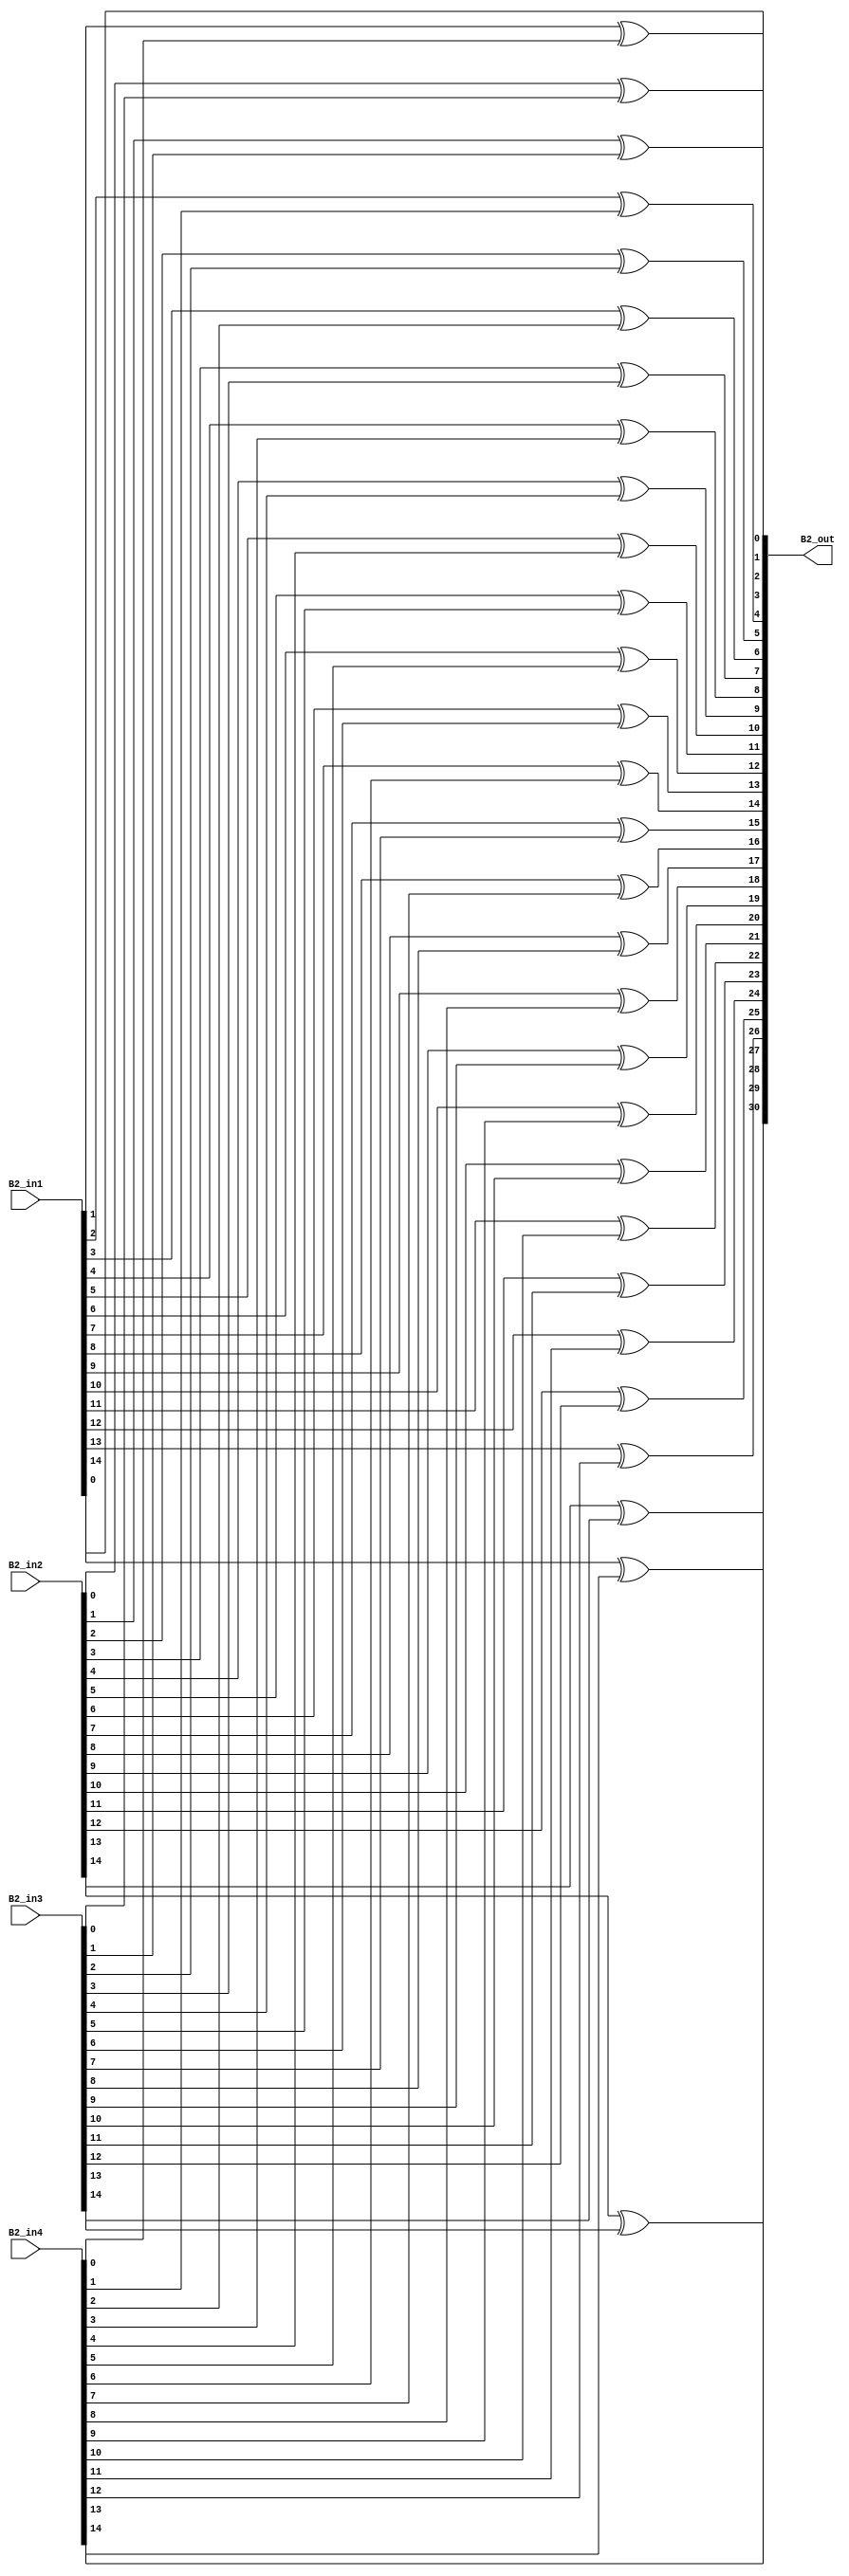
module overlap_module_15bit(
    B2_in1,
    B2_in2,
    B2_in3,
    B2_in4,
    B2_out
    );


parameter n = 16;

input [n-2:0] B2_in1;
input [n-2:0] B2_in2;
input [n-2:0] B2_in3;
input [n-2:0] B2_in4;

output [2*n-2:0] B2_out;

assign B2_out[0] = B2_in1[0];

assign B2_out[2] = B2_in1[1]^B2_in4[0];

assign B2_out[4] = B2_in1[2]^B2_in4[1];

assign B2_out[6] = B2_in1[3]^B2_in4[2];

assign B2_out[8] = B2_in1[4]^B2_in4[3];

assign B2_out[10] = B2_in1[5]^B2_in4[4];

assign B2_out[12] = B2_in1[6]^B2_in4[5];

assign B2_out[14] = B2_in1[7]^B2_in4[6];

assign B2_out[1] = B2_in2[0]^B2_in3[0];

assign B2_out[3] = B2_in2[1]^B2_in3[1];

assign B2_out[5] = B2_in2[2]^B2_in3[2];

assign B2_out[7] = B2_in2[3]^B2_in3[3];

assign B2_out[9] = B2_in2[4]^B2_in3[4];

assign B2_out[11] = B2_in2[5]^B2_in3[5];

assign B2_out[13] = B2_in2[6]^B2_in3[6];

assign B2_out[15] = B2_in2[7]^B2_in3[7];

assign B2_out[17] = B2_in2[8]^B2_in3[8];

assign B2_out[19] = B2_in2[9]^B2_in3[9];

assign B2_out[21] = B2_in2[10]^B2_in3[10];

assign B2_out[23] = B2_in2[11]^B2_in3[11];

assign B2_out[25] = B2_in2[12]^B2_in3[12];

assign B2_out[27] = B2_in2[13]^B2_in3[13];

assign B2_out[29] = B2_in2[14]^B2_in3[14];

assign B2_out[16] = B2_in1[8]^B2_in4[7];

assign B2_out[18] = B2_in1[9]^B2_in4[8];

assign B2_out[20] = B2_in1[10]^B2_in4[9];

assign B2_out[22] = B2_in1[11]^B2_in4[10];

assign B2_out[24] = B2_in1[12]^B2_in4[11];

assign B2_out[26] = B2_in1[13]^B2_in4[12];

assign B2_out[28] = B2_in1[14]^B2_in4[13];

assign B2_out[30] = B2_in4[14];

endmodule